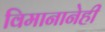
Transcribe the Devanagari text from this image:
विमानानेही